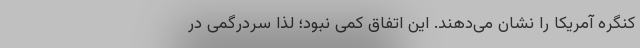
کنگره آمریکا را نشان می‌دهند. این اتفاق کمی نبود؛ لذا سردرگمی در